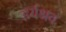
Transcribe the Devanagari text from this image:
हर्यश्रव